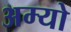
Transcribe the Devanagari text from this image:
अम्यो